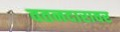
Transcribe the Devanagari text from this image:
वतनदारावर